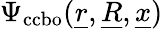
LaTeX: \Psi_{\mathrm{ccbo}}(\underline{{r}},\underline{{R}},\underline{{x}})